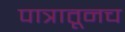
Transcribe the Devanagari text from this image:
पात्रातूनच